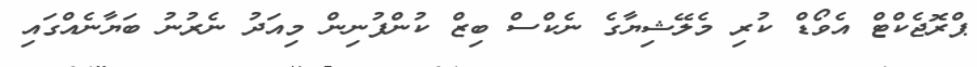
ޕްރޮޖެކްޓް އެވޯޑް ކުރި މެލޭޝިޔާގެ ނެކްސް ބިޒް ކުންފުނިން މިއަދު ނެރުނު ބަޔާނެއްގައި